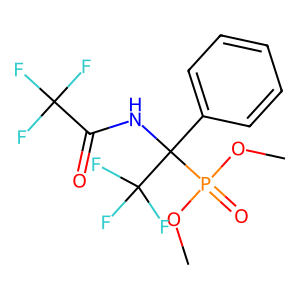
SMILES: COP(=O)(OC)C(NC(=O)C(F)(F)F)(c1ccccc1)C(F)(F)F
Inhibits HIV replication: No